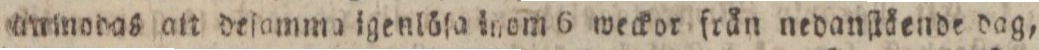
anmodas att dejamma igenlöſa inom 6 weckor från nedanſtäende dag,